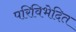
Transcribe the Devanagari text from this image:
परिविभेदित